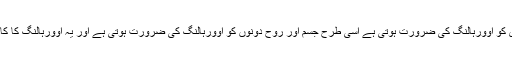
جس طرح گاڑی کو اوورہالنگ کی ضرورت ہوتی ہے اسی طرح جسم اور روح دونوں کو اوورہالنگ کی ضرورت ہوتی ہے اور یہ اوورہالنگ کا کام روزہ کرتاہے۔